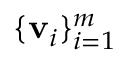
\{ { \bf v } _ { i } \} _ { i = 1 } ^ { m }